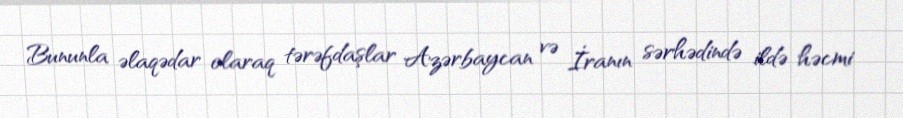
Bununla əlaqədar olaraq tərəfdaşlar Azərbaycan və İranın sərhədində ildə həcmi